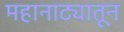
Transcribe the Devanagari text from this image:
महानाट्यातून